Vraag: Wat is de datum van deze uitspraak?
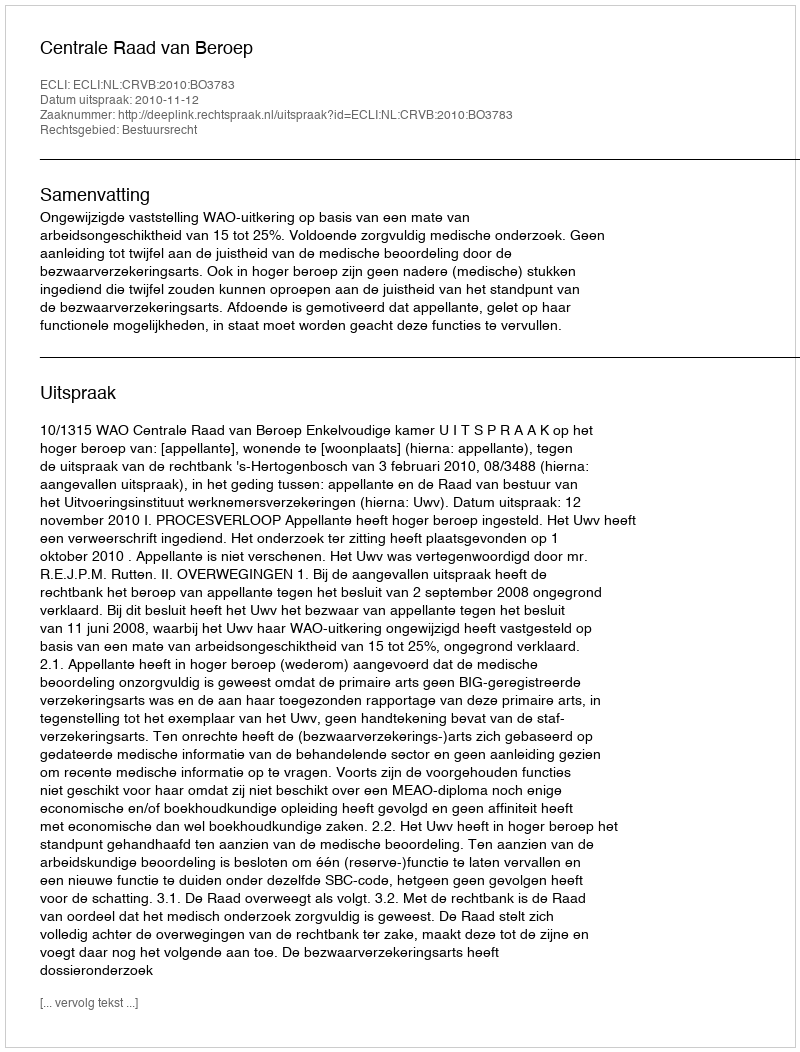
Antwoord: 2010-11-12